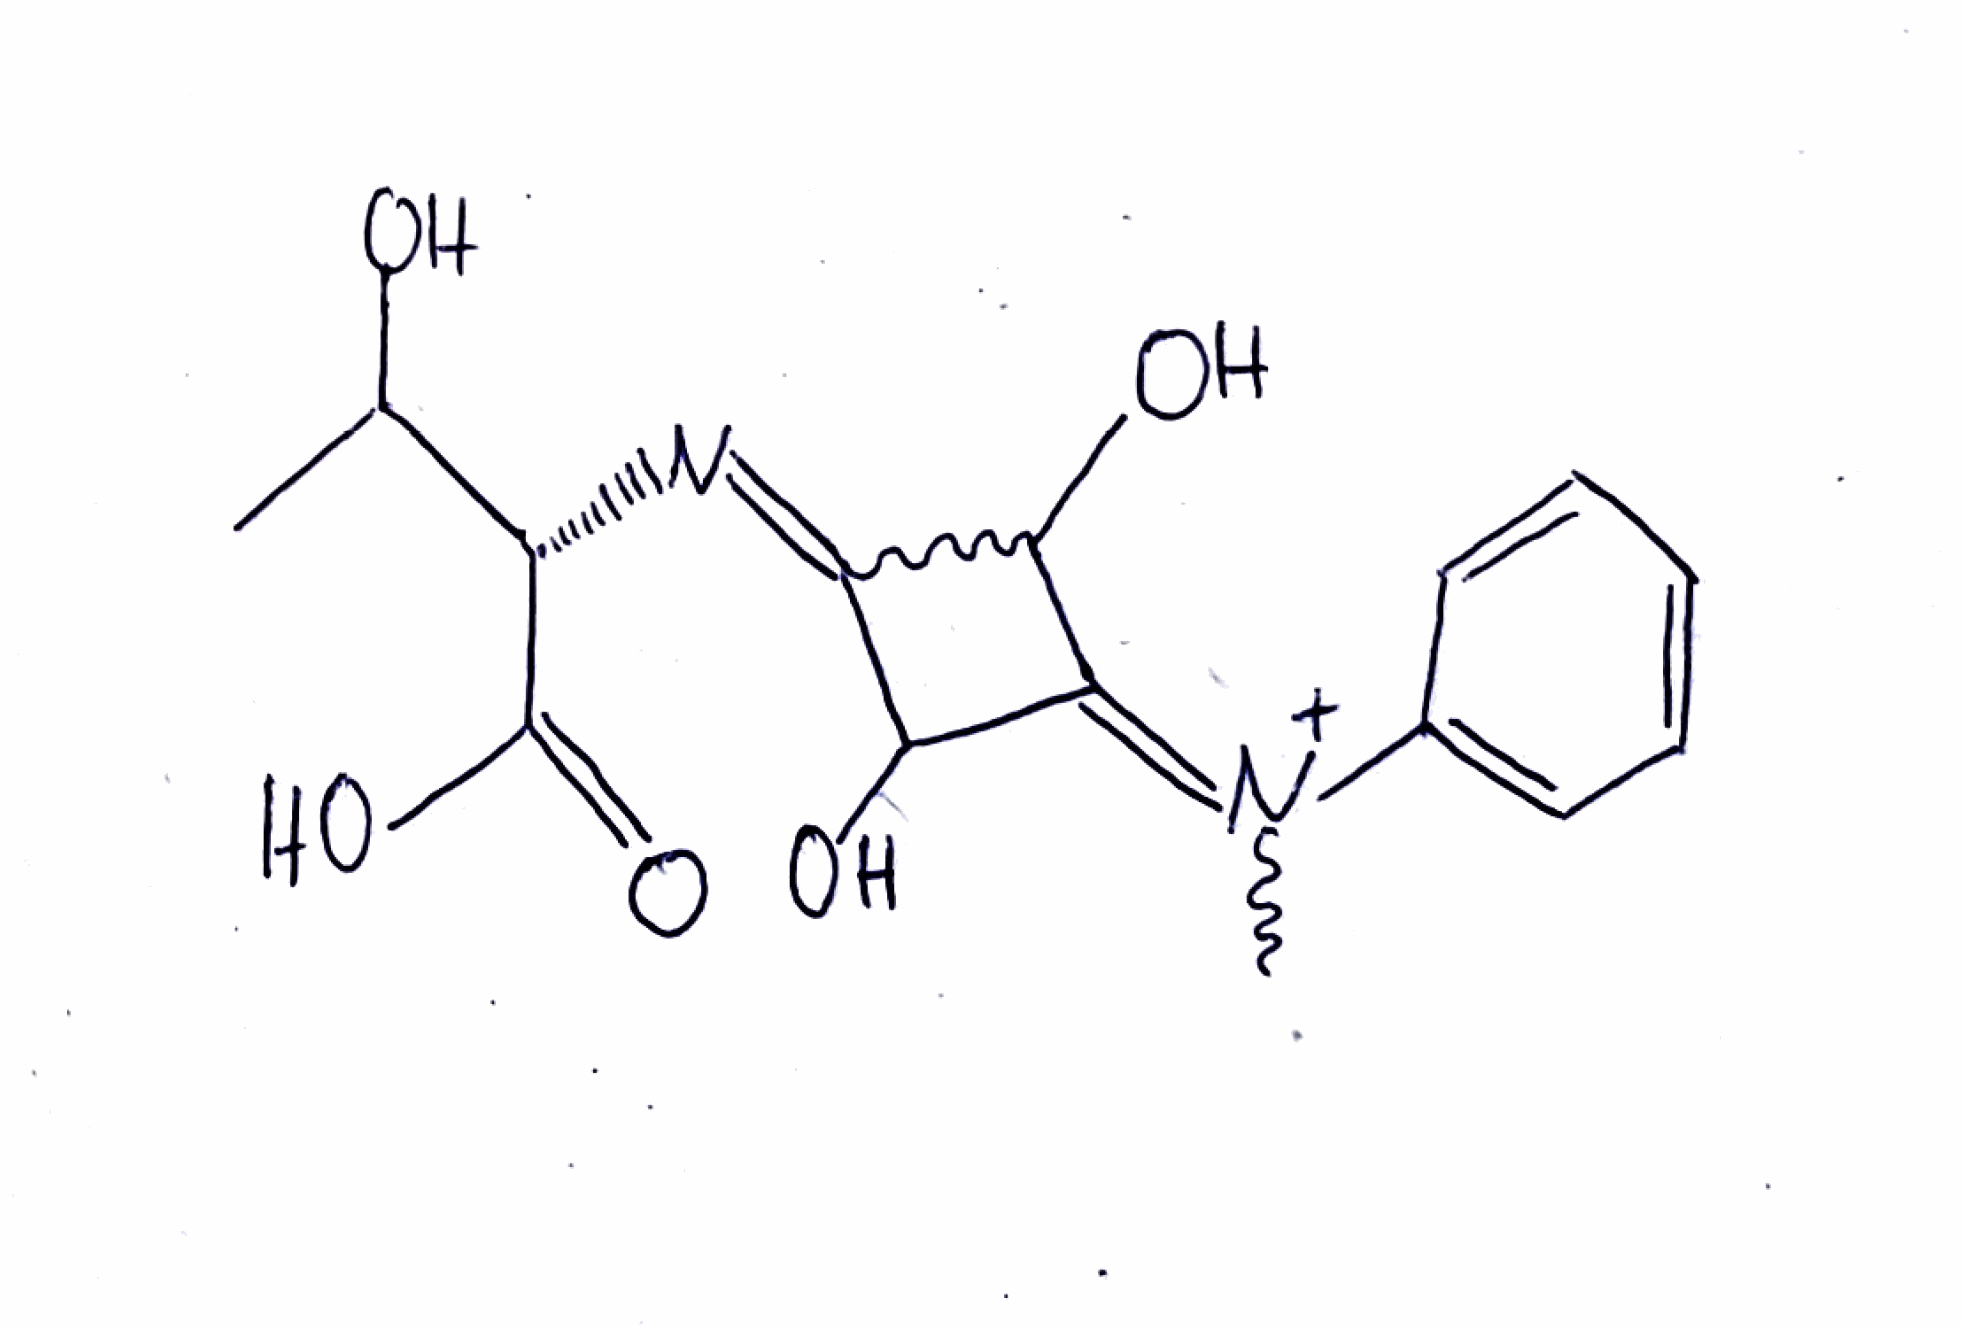
Simplified molecular-input line-entry system (SMILES) notation of the given molecule:
CC([C@@H](C(=O)O)N=C1C(C(=[N+](C)C2=CC=CC=C2)C1O)O)O